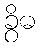
ခွိဓ